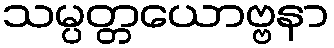
သမ္ပတ္တယောဗ္ဗနာ